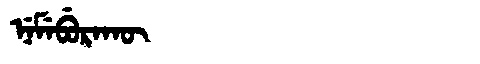
Manchu: ᠨᡝᠮᡝᠪᡠᡵᠠᡴᡡ
Romanization: NEMEBURAKŪ